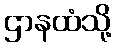
ဌာနထံသို့